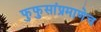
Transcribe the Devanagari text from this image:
फुफुसांप्रमाणेच